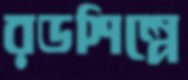
রডশিল্পে